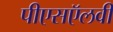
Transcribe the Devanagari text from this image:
पीएसऍलवी